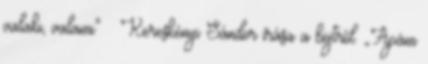
valaki, valami" – Kereskényi Sándor írása a böjtről. „Apám